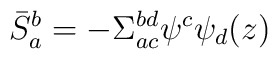
\bar{S}_{a}^{b} = - \Sigma_{ac}^{bd} \psi^{c} \psi_{d} (z)